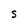
Character: S